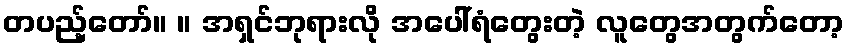
တပည့်တော်။ ။ အရှင်ဘုရားလို အပေါ်ရံတွေးတဲ့ လူတွေအတွက်တော့